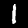
Label: 1